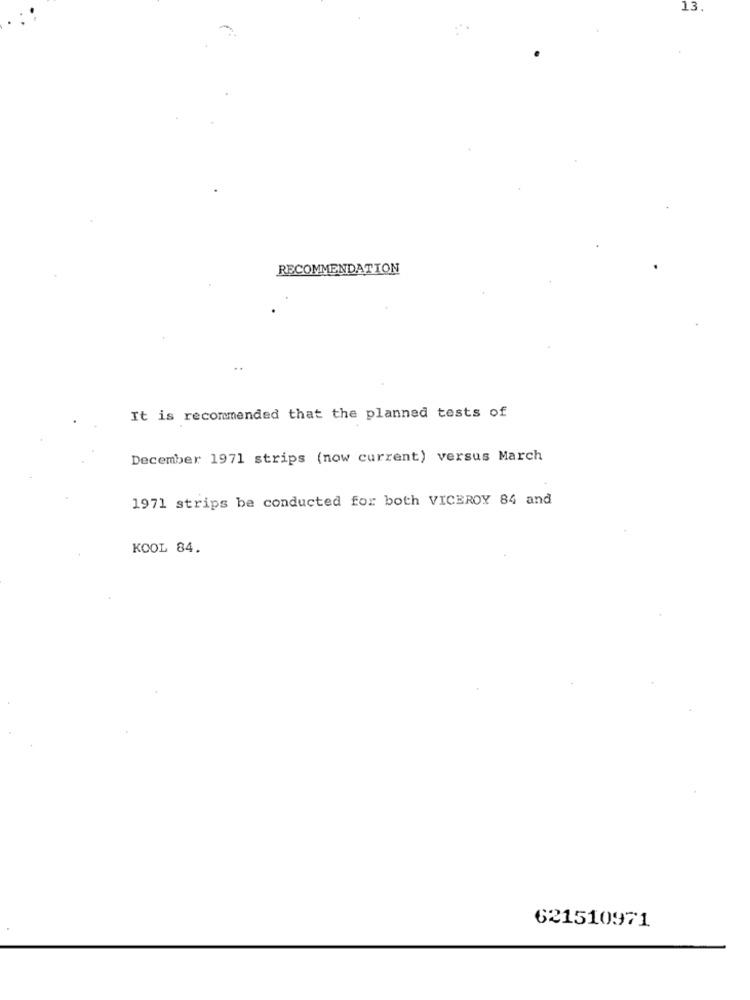
13.
RECOMMENDATION
It is recommended that the planned tests of
December 1971 strips (now current) versus March
1971 strips be conducted for both VICEROY 84 and
KOOL 84.
621510971